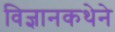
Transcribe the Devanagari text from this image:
विज्ञानकथेने